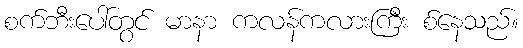
စက်ဘီးပေါ်တွင် မာနာ ကလန်ကလားကြီး စ်နေသည်။